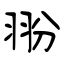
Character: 翂